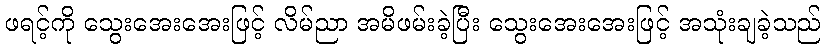
ဖရင့်ကို သွေးအေးအေးဖြင့် လိမ်ညာ အမိဖမ်းခဲ့ပြီး သွေးအေးအေးဖြင့် အသုံးချခဲ့သည်